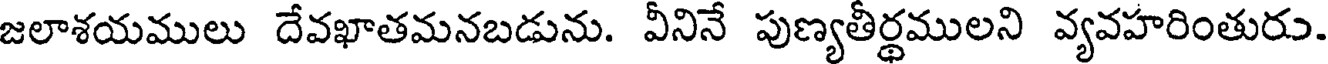
జలాశయములు దేవఖాతమనబడును. వీనినే పుణ్యతీర్థములని వ్యవహరింతురు.